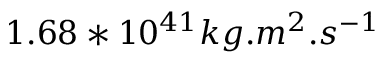
1 . 6 8 * 1 0 ^ { 4 1 } k g . m ^ { 2 } . s ^ { - 1 }